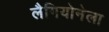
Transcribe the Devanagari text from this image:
लैगियोनेला